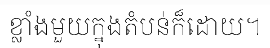
ខ្លាំងមួយក្នុងតំបន់ក៏ដោយ។